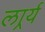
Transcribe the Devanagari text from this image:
लार्र्य